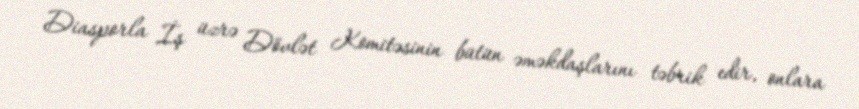
Diasporla İş üzrə Dövlət Komitəsinin bütün əməkdaşlarını təbrik edir, onlara